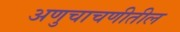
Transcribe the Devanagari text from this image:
अणुचाचणीतील